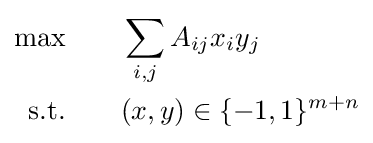
{\begin{aligned}\max &\qquad \sum _{i,j}A_{ij}x_{i}y_{j}\\{\text{s.t.}}&\qquad (x,y)\in \{-1,1\}^{m+n}\end{aligned}}